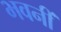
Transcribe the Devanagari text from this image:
भवनीं